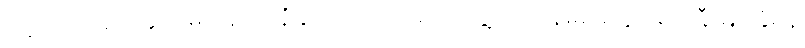
ထို့ပြင် အဆိုပါနိုင်ငံများရှိ ရေနံနှင့် သဘာဝဓာတ်ငွေ့လုပ်ငန်းများတွင် ရင်းနှီးမြှုပ်နှံရန်